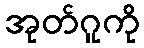
အုတ်ဂူကို